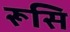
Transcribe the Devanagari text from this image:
रूसि